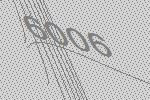
6006